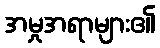
အမှုအရာများ၏